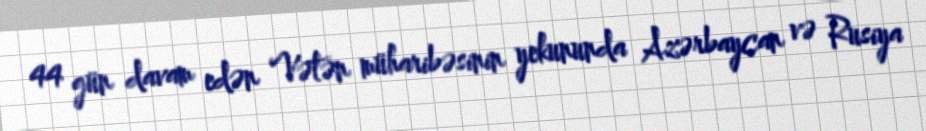
44 gün davam edən Vətən müharibəsinin yekununda Azərbaycan və Rusiya